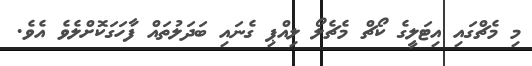
މި މެޗްގައި އިޓަލީގެ ކޯޗް މެޗެލޯ ލިއްޕި ގެނައި ބަދަލުތައް ފާހަގަކޮށްލެވެ އެވެ.